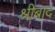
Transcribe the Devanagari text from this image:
श्रीबाद